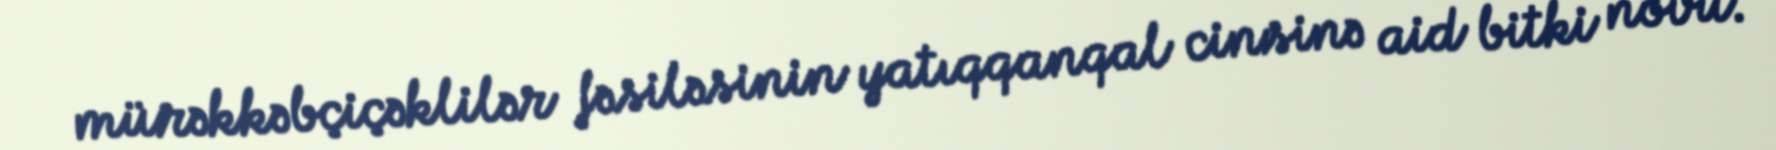
mürəkkəbçiçəklilər fəsiləsinin yatıqqanqal cinsinə aid bitki növü.